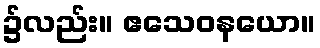
၌လည်း။ ဧသေဝနယော။